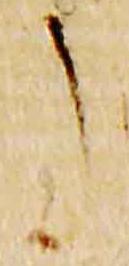
了